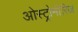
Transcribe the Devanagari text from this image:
ओस्ट्रोमीरिज